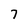
Character: 7